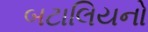
બટાલિયનો